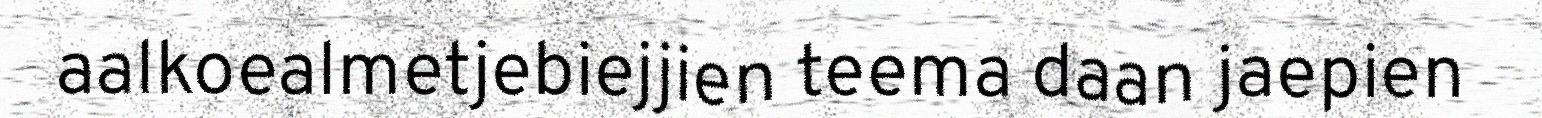
aalkoealmetjebiejjien teema daan jaepien